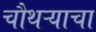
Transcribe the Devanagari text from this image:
चौथऱ्याचा